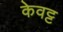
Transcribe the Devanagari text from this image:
केवट्ट